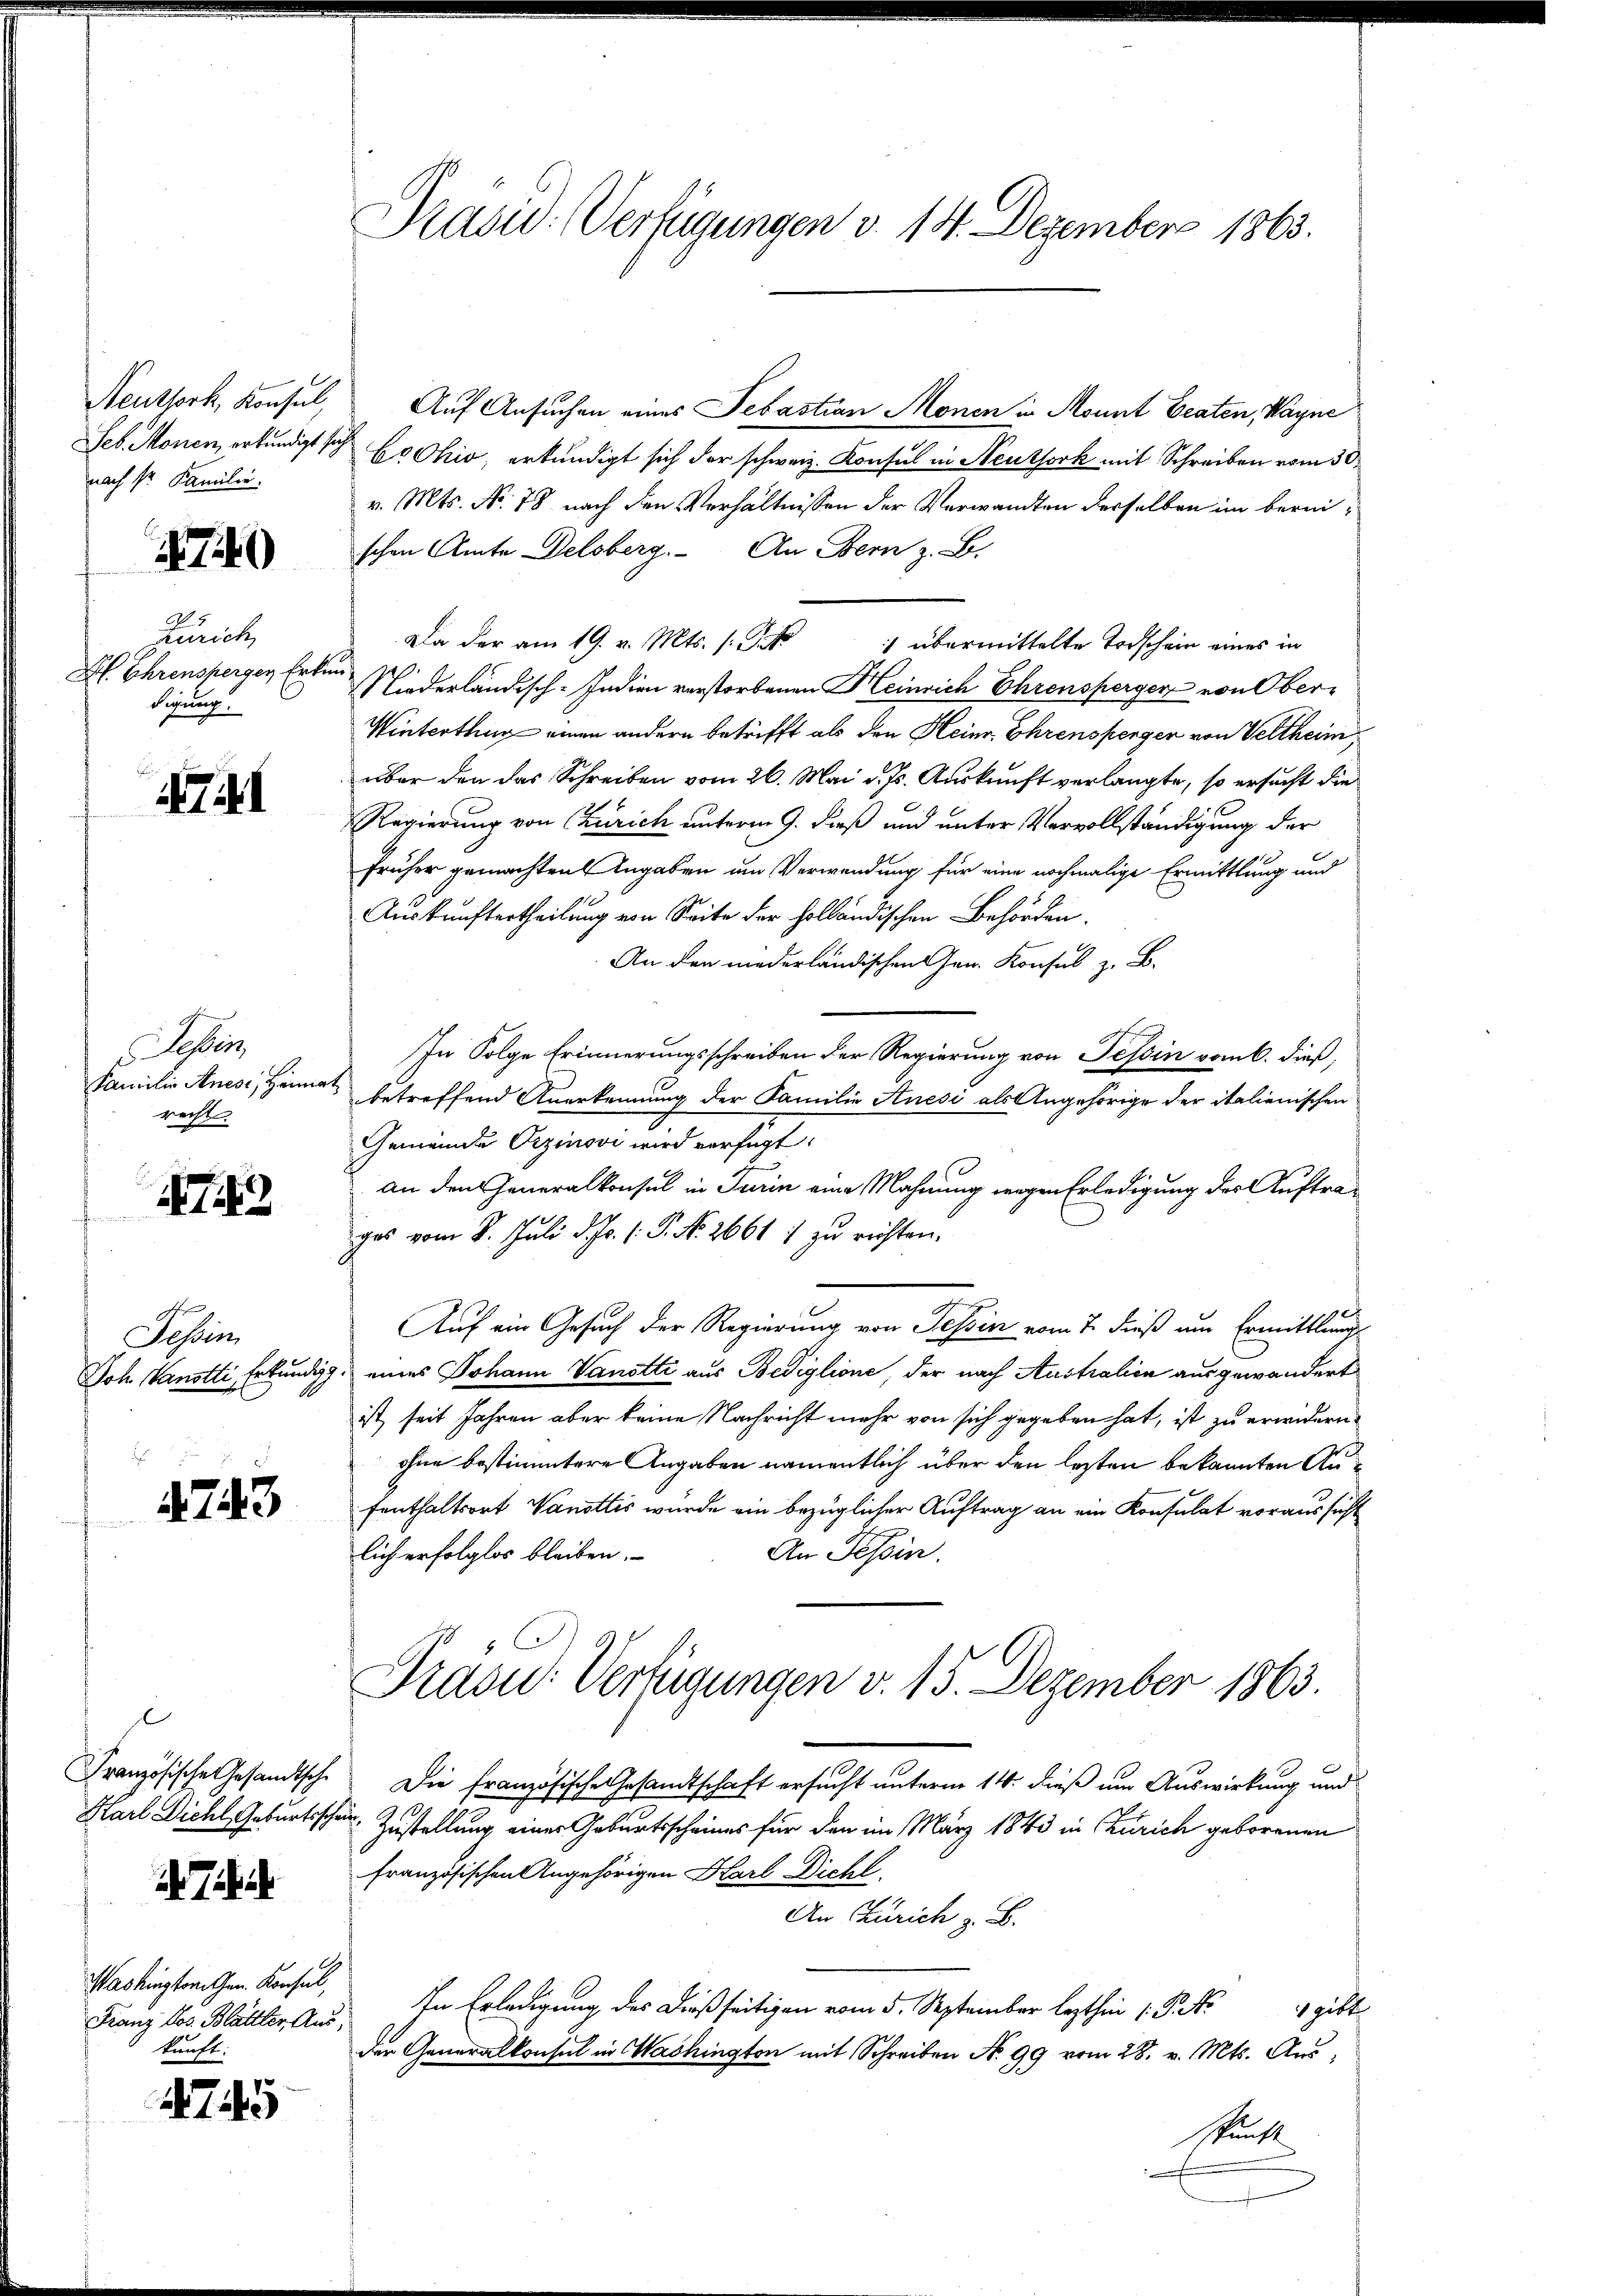
Neuthork, Konsul,
Seb. Monen, erkundigt sey.
nach sr. Familie.

740

Zürich
Pfl. Ehrensperger Erke
digung.

4741

Tessin,
Familie Anese, Heima
recht.

1742

Tessin
Joh. Kanotti, Erkundig

4743

Französische Gesandtsche
Harl Dichl Geburtssche

Washington Gen. Konsul,
Franz Jos. Blättler Auskunft.

4745

Pasid. Verfügungen v. 14. Dezember 1863.

Auf Ansuchen eines Sebastian Monen in Monnt Beaten, Wagne
Ecchio, erkundigt sich der schweiz. Konsul in Neuthork mit Schreiben vom 30.
v. Mts. No. 78 nach den Verhältnissen der Verwandten derselben im bereischen Amte Delsberg. An Bern z. B.
Da der am 19. v. Mts. (S. 1 übermittelte Todschein eines in
 Niederländisch-Indien verstorbenen Heinrich Ehrensperger von Ober-
Winterthur einen andern betrifft als den Heine Ehrensperger von Veltheim
über den das Schreiben vom 26. Mai d. Js. Auskunft verlangte, so ersucht die
Regierung von Zürich unterm 9. dieß und unter Vervollständigung der
früher gemachten Angaben um Verwendung für eine nochmalige Ermittlung und
Auskunftertheilung von Seite der holländischen Behörden,
An der niederländischen Gen. Konsul z. B.
In Folge Erinnerungsschreiben der Regierung von Tessin vom 6. dieß,
betreffend Anerkennung der Familie Anesi als Angehörige der italienischen
Gemeinde Orzinovi wird verfügt:
an den Generalkonsul in Turin eine Mahnung wegen Erledigung der Auftrages vom 8. Juli d. Js. 1. P. No. 2661 :/ zu richten.
Auf ein Gesuch der Regierung von Tessin vom 7. dieß um Ermittlungs
eines Johann Vanotti aus Bediglione, der nach Australien ausgewandert
ist seit Jahren aber keine Nachricht mehr von sich gegeben hat, ist zu erwidern,
ohne bestimmtere Angaben namentlich über den lezten bekannten Anfenthaltsort Wandtlis wurde ein bezüglicher Auftrag an ein Konsulat voraussicht
An Tessin.
lich erfolglos bleiben.
Präsid. Verfügungen v. 15. Dezember 1863.
Die französische Gesandtschaft ersucht unterm 14. dieß um Auswirkung und
in Zustellung einer Geburtsscheines für den im März 1843 in Zürich geborenen
französischen Angehörigen Karl Dicht.
An Zürich z. B.
In Erledigung des dießseitigen vom 5. September lezthin 1. P. Nr. gibt
der Generalkonsul in Washington mit Schreiben N. 99 vom 28. v. Mts. Ausskunft